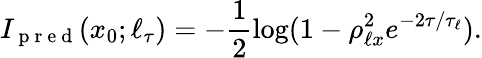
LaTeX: I_{\mathrm{~p~r~e~d~}}(x_{0};\ell_{\tau})=-\frac{1}{2}\log(1-\rho_{\ell x}^{2}e^{-2\tau/\tau_{\ell}}).